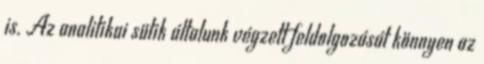
is. Az analitikai sütik általunk végzett feldolgozását könnyen az